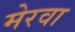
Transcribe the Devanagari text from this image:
मेरवा